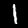
Label: 1